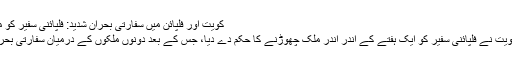
کویت اور فلپائن میں سفارتی بحران شدید: فلپائنی سفیر کو ملک چھوڑنے کا حکم -
کویت: خلیجی ریاست کویت نے فلپائنی سفیر کو ایک ہفتے کے اندر اندر ملک چھوڑنے کا حکم دے دیا، جس کے بعد دونوں ملکوں کے درمیان سفارتی بحران مزید شدید ہوگیا ہے۔